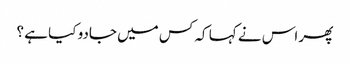
پھر اس نے کہا کہ کس میں جادو کیا ہے ؟